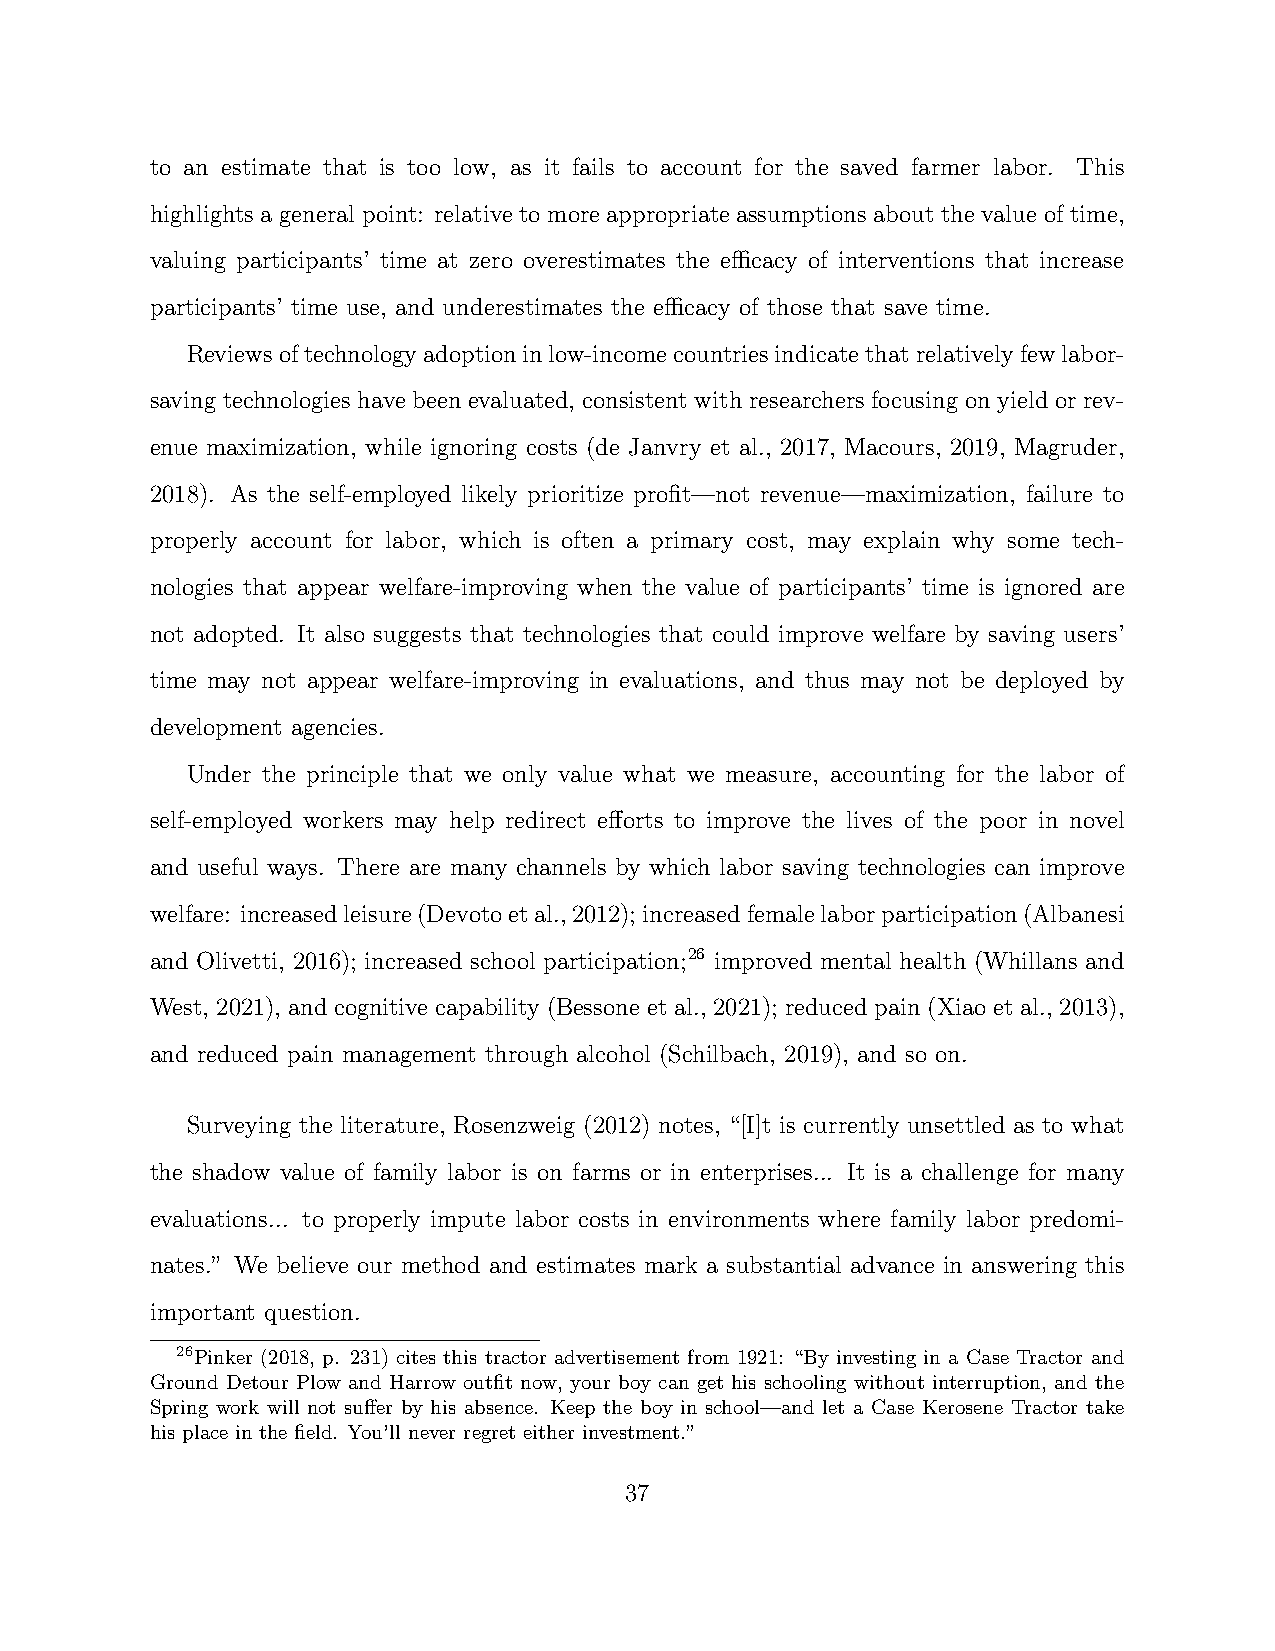
to an estimate that is too low, as it fails to account for the saved farmer labor. This
 highlights a general point: relative to more appropriate assumptions about the value of time,
 valuing participants’ time at zero overestimates the efficacy of interventions that increase
 participants’ time use, and underestimates the efficacy of those that save time.
 Reviewsoftechnologyadoptioninlow-incomecountriesindicatethatrelativelyfewlabor-
 saving technologies have been evaluated, consistent with researchers focusing on yield or rev-
 enue maximization, while ignoring costs (de Janvry et al., 2017, Macours, 2019, Magruder,
 2018). As the self-employed likely prioritize profit—not revenue—maximization, failure to
 properly account for labor, which is often a primary cost, may explain why some tech-
 nologies that appear welfare-improving when the value of participants’ time is ignored are
 not adopted. It also suggests that technologies that could improve welfare by saving users’
 time may not appear welfare-improving in evaluations, and thus may not be deployed by
 development agencies.
 Under the principle that we only value what we measure, accounting for the labor of
 self-employed workers may help redirect efforts to improve the lives of the poor in novel
 and useful ways. There are many channels by which labor saving technologies can improve
 welfare: increasedleisure(Devotoetal.,2012); increasedfemalelaborparticipation(Albanesi
 and Olivetti, 2016); increased school participation;26 improved mental health (Whillans and
 West, 2021), and cognitive capability (Bessone et al., 2021); reduced pain (Xiao et al., 2013),
 and reduced pain management through alcohol (Schilbach, 2019), and so on.
 Surveying the literature, Rosenzweig (2012) notes, “[I]t is currently unsettled as to what
 the shadow value of family labor is on farms or in enterprises... It is a challenge for many
 evaluations... to properly impute labor costs in environments where family labor predomi-
 nates.” We believe our method and estimates mark a substantial advance in answering this
 important question.
 26Pinker (2018, p. 231) cites this tractor advertisement from 1921: “By investing in a Case Tractor and
 Ground Detour Plow and Harrow outfit now, your boy can get his schooling without interruption, and the
 Spring work will not suffer by his absence. Keep the boy in school—and let a Case Kerosene Tractor take
 his place in the field. You’ll never regret either investment.”
 37